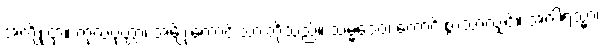
အကျိုးငှာ။ ကုလပုတ္တာ၊ အမျိုးကောင်းသားတို့သည်။ သမ္မဒေဝ၊ ကောင်းစွာသာလျှင်။ အဂါရသ္မာ၊